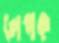
লেপক